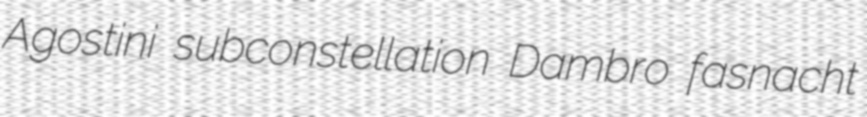
Agostini subconstellation Dambro fasnacht